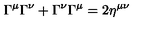
\Gamma ^ { \mu } \Gamma ^ { \nu } + \Gamma ^ { \nu } \Gamma ^ { \mu } = 2 \eta ^ { \mu \nu }